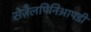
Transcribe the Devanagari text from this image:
सेज़ैलपिनिआपडी